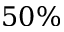
5 0 \%